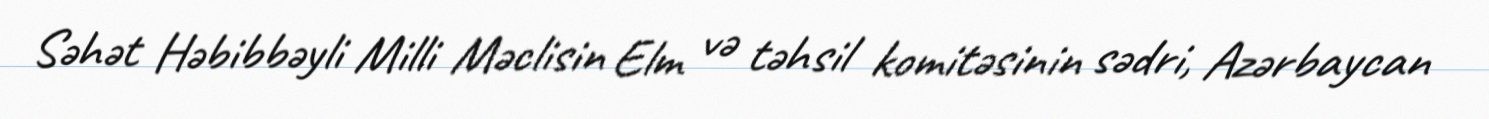
Səhət Həbibbəyli Milli Məclisin Elm və təhsil komitəsinin sədri, Azərbaycan